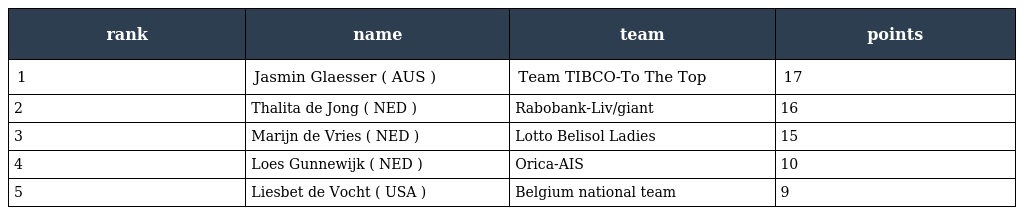
| rank | name | team | points |
 | --- | --- | --- | --- |
 | 1 | Jasmin Glaesser ( AUS ) | Team TIBCO-To The Top | 17 |
 | 2 | Thalita de Jong ( NED ) | Rabobank-Liv/giant | 16 |
 | 3 | Marijn de Vries ( NED ) | Lotto Belisol Ladies | 15 |
 | 4 | Loes Gunnewijk ( NED ) | Orica-AIS | 10 |
 | 5 | Liesbet de Vocht ( USA ) | Belgium national team | 9 |